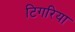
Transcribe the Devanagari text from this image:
टिगरिया